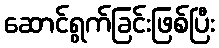
ဆောင်ရွက်ခြင်းဖြစ်ပြီး